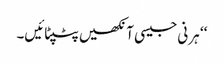
‘‘ ہرنی جیسی آنکھیں پٹپٹائیں۔